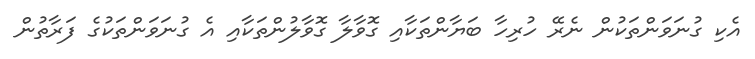
އެކި ގުނަވަންތަކުން ނެރޭ ހުރިހާ ބަޔާންތަކާއި ގޮވާލާ ގޮވާލުންތަކާއި އެ ގުނަވަންތަކުގެ ފަރާތުން